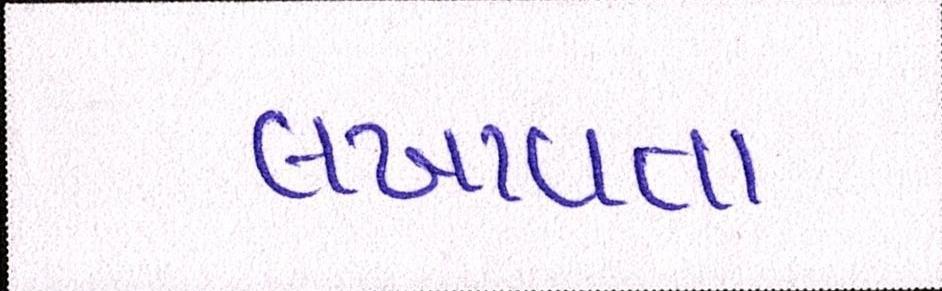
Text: લખાવતા